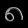
Digit: ၈